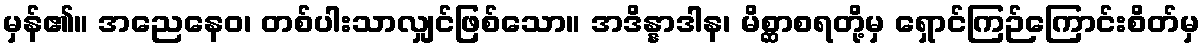
မှန်၏။ အညေနေဝ၊ တစ်ပါးသာလျှင်ဖြစ်သော။ အဒိန္နာဒါန၊ မိစ္ဆာစရတို့မှ ရှောင်ကြဉ်ကြောင်းစိတ်မှ